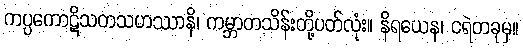
ကပ္ပကောဋိသတသဟဿာနိ၊ ကမ္ဘာတသိန်းတို့ပတ်လုံး။ နိရယေန၊ ငရဲတခုမှ။